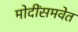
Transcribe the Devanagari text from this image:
मोदींसमवेत